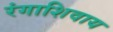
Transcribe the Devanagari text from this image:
रंगाशिवाय